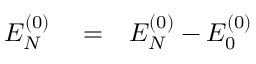
\begin{array} { r l r } { { \cal E } _ { N } ^ { ( 0 ) } } & { { } = } & { E _ { N } ^ { ( 0 ) } - E _ { 0 } ^ { ( 0 ) } } \end{array}